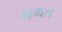
મલત